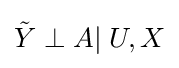
{\tilde {Y}}\perp A|\;U,X